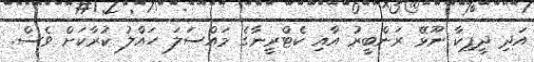
އަދި ދީޕިކާ ނޫޅޭ ރަންބީރު އާއި ކެޓްރީނާގެ މައްސަލަ ހައްލު ކުރާކަށް ވެސް.